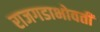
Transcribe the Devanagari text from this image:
राजगडाभोवती